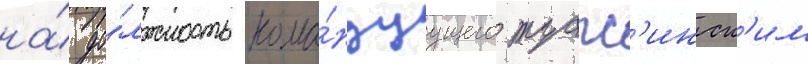
на́ до́лжность кома́ндуущего туапс'инск'им